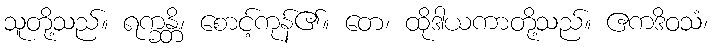
သူတို့သည်။ ရက္ခန္တိ၊ စောင့်ကုန်၏။ တေ၊ ထိုဒါယကာတို့သည်။ ဧကဒိဝသံ၊